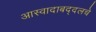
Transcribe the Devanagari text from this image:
आस्वादाबद्दलचे